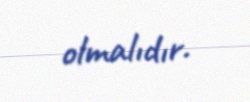
olmalıdır.